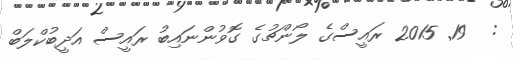
:  19